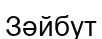
Зәйбут